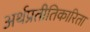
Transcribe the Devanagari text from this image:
अर्थप्रतीतिकारिता